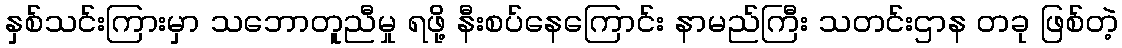
နှစ်သင်းကြားမှာ သဘောတူညီမှု ရဖို့ နီးစပ်နေကြောင်း နာမည်ကြီး သတင်းဌာန တခု ဖြစ်တဲ့